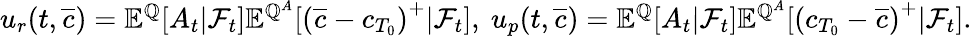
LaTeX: \begin{array}{r}{u_{r}(t,\overline{{c}})={\mathbb E}^{{\mathbb Q}}[A_{t}|{\mathcal F}_{t}]{\mathbb E}^{{\mathbb Q}^{A}}[\left(\overline{{c}}-c_{T_{0}}\right)^{+}|{\mathcal F}_{t}],\ u_{p}(t,\overline{{c}})={\mathbb E}^{{\mathbb Q}}[A_{t}|{\mathcal F}_{t}]{\mathbb E}^{{\mathbb Q}^{A}}[\left(c_{T_{0}}-\overline{{c}}\right)^{+}|{\mathcal F}_{t}].}\end{array}